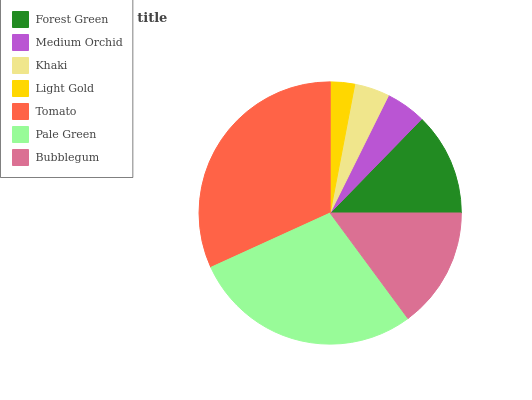
| Forest Green | Medium Orchid | Khaki | Light Gold | Tomato | Pale Green | Bubblegum |
 | --- | --- | --- | --- | --- | --- | --- |
 | 12.7% | 4.95% | 4.33% | 2.99% | 31.8% | 28.3% | 14.9% |